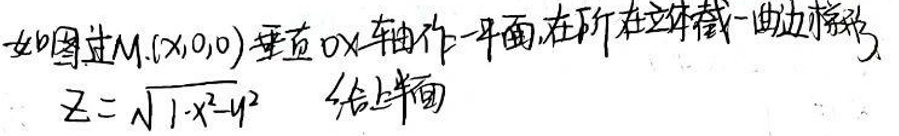
如图过\(M(x,0,0)\)垂直\(Ox\)轴作一平面，在平面截此立体得一曲线\(z=\sqrt{1-x^{2}}\) 此平面